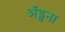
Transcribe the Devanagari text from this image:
अॅड्सना